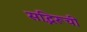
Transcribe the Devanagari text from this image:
सद्भिरूची